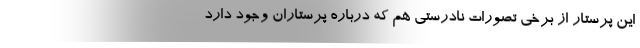
این پرستار از برخی تصورات نادرستی هم که درباره پرستاران وجود دارد